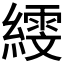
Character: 𦅙